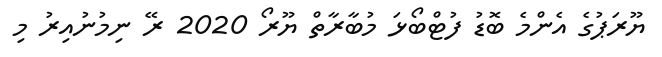
ޔޫރަޕުގެ އެންމެ ބޮޑު ފުޓްބޯޅަ މުބާރާތް ޔޫރޯ 2020 ރޭ ނިމުނުއިރު މި